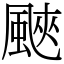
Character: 䬊